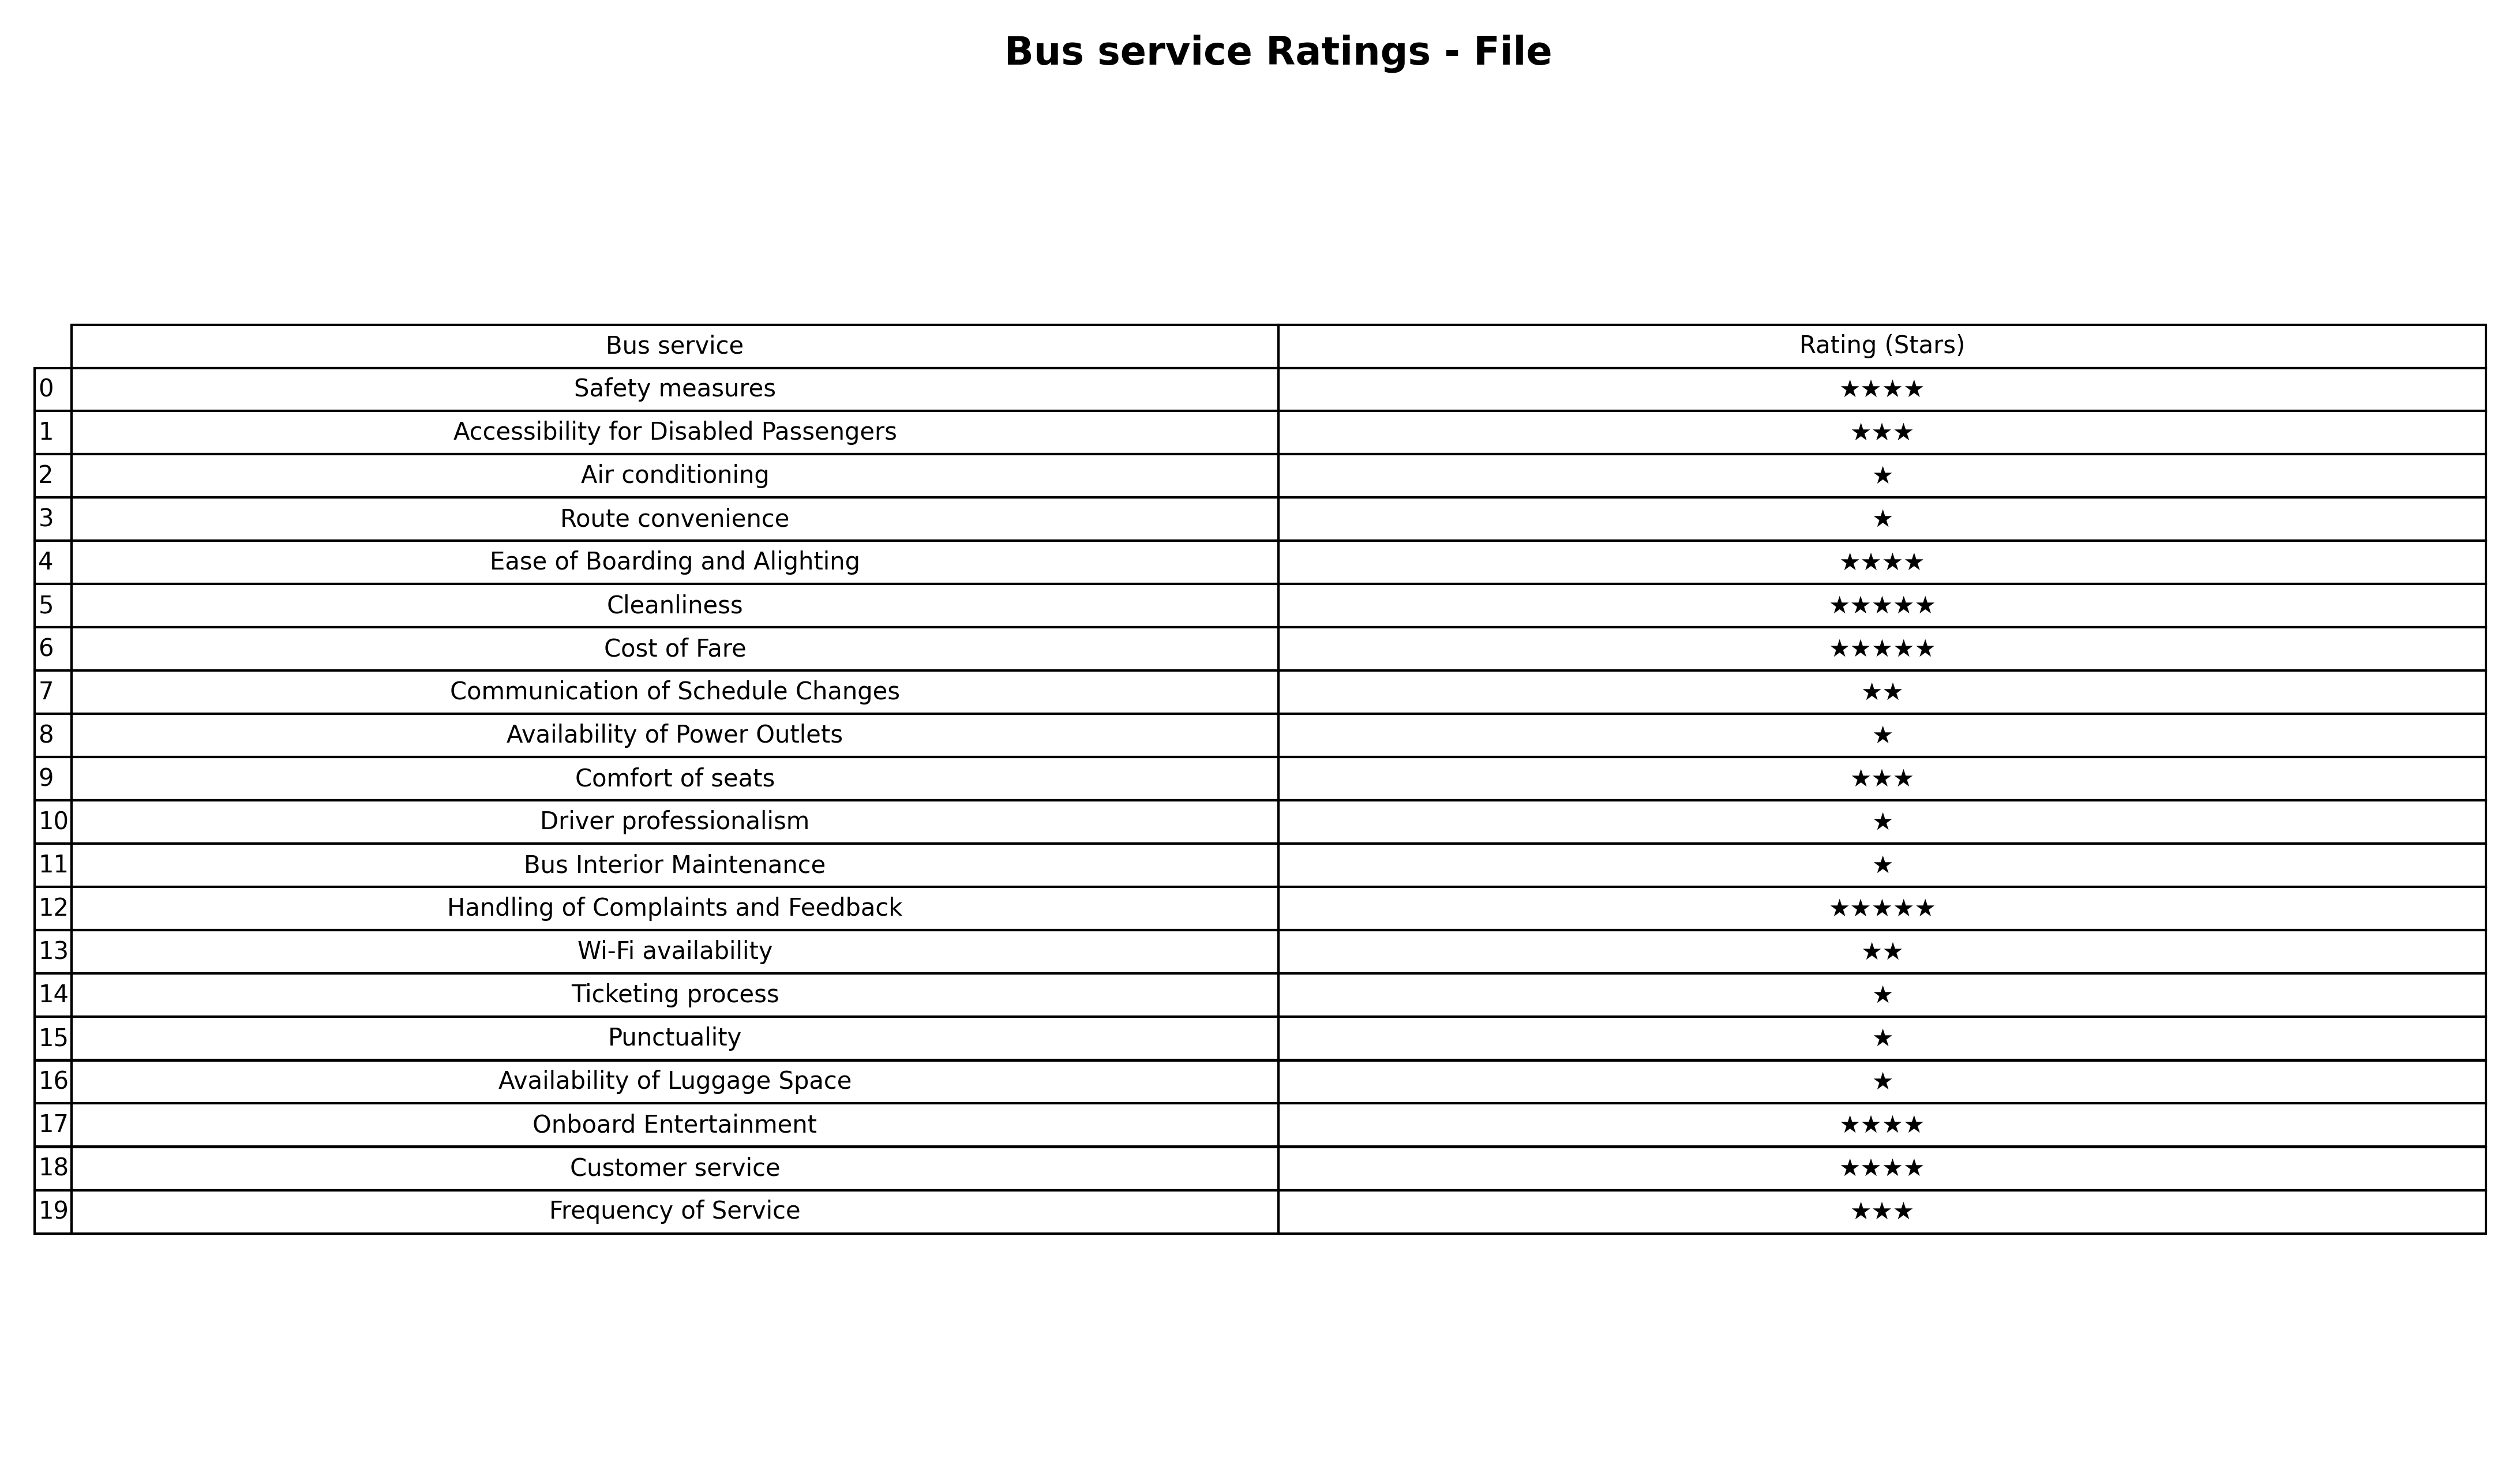
question: What is the rating of Route convenience?
answer: ★